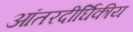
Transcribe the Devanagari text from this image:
आंतरदीर्घिकीय